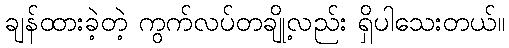
ချန်ထားခဲ့တဲ့ ကွက်လပ်တချို့လည်း ရှိပါသေးတယ်။